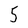
Character: 5